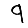
Digit: 9